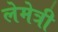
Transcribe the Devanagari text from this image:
लेमेत्री